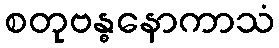
စတုဗန္ဓနောကာသံ